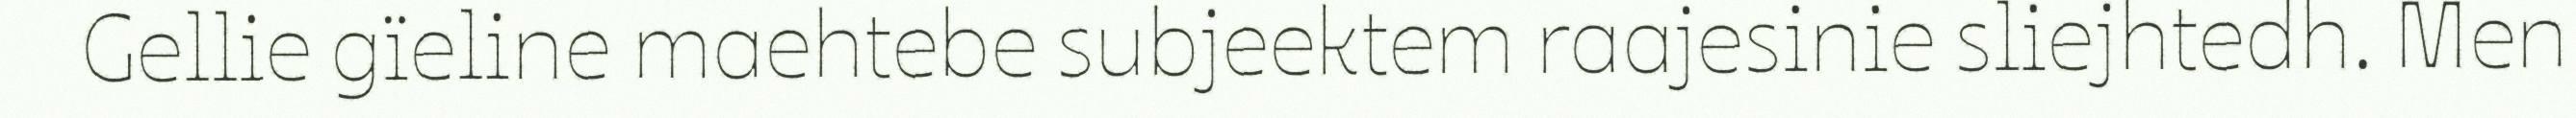
Gellie gïeline maehtebe subjeektem raajesinie sliejhtedh. Men